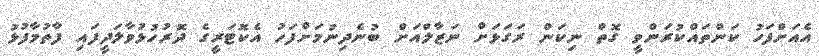
އެއަށްފަހު ކަންތައްކުރަންވީ ގޮތް ނިކަން ރަގަޅަށް ނަޒާލްއަށް ބުނެދިނުމަށްފަހު އެކޮޓަރީގެ ދޮރުހުޅުވާލަދީފައި ފާތުމާފުޅު